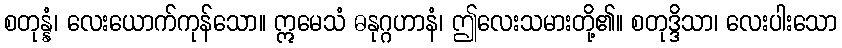
စတုန္နံ၊ လေးယောက်ကုန်သော။ ဣမေသံ ဓနုဂ္ဂဟာနံ၊ ဤလေးသမားတို့၏။ စတုဒ္ဒိသာ၊ လေးပါးသော